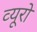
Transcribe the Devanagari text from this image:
व्‍यूरो